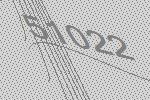
51022